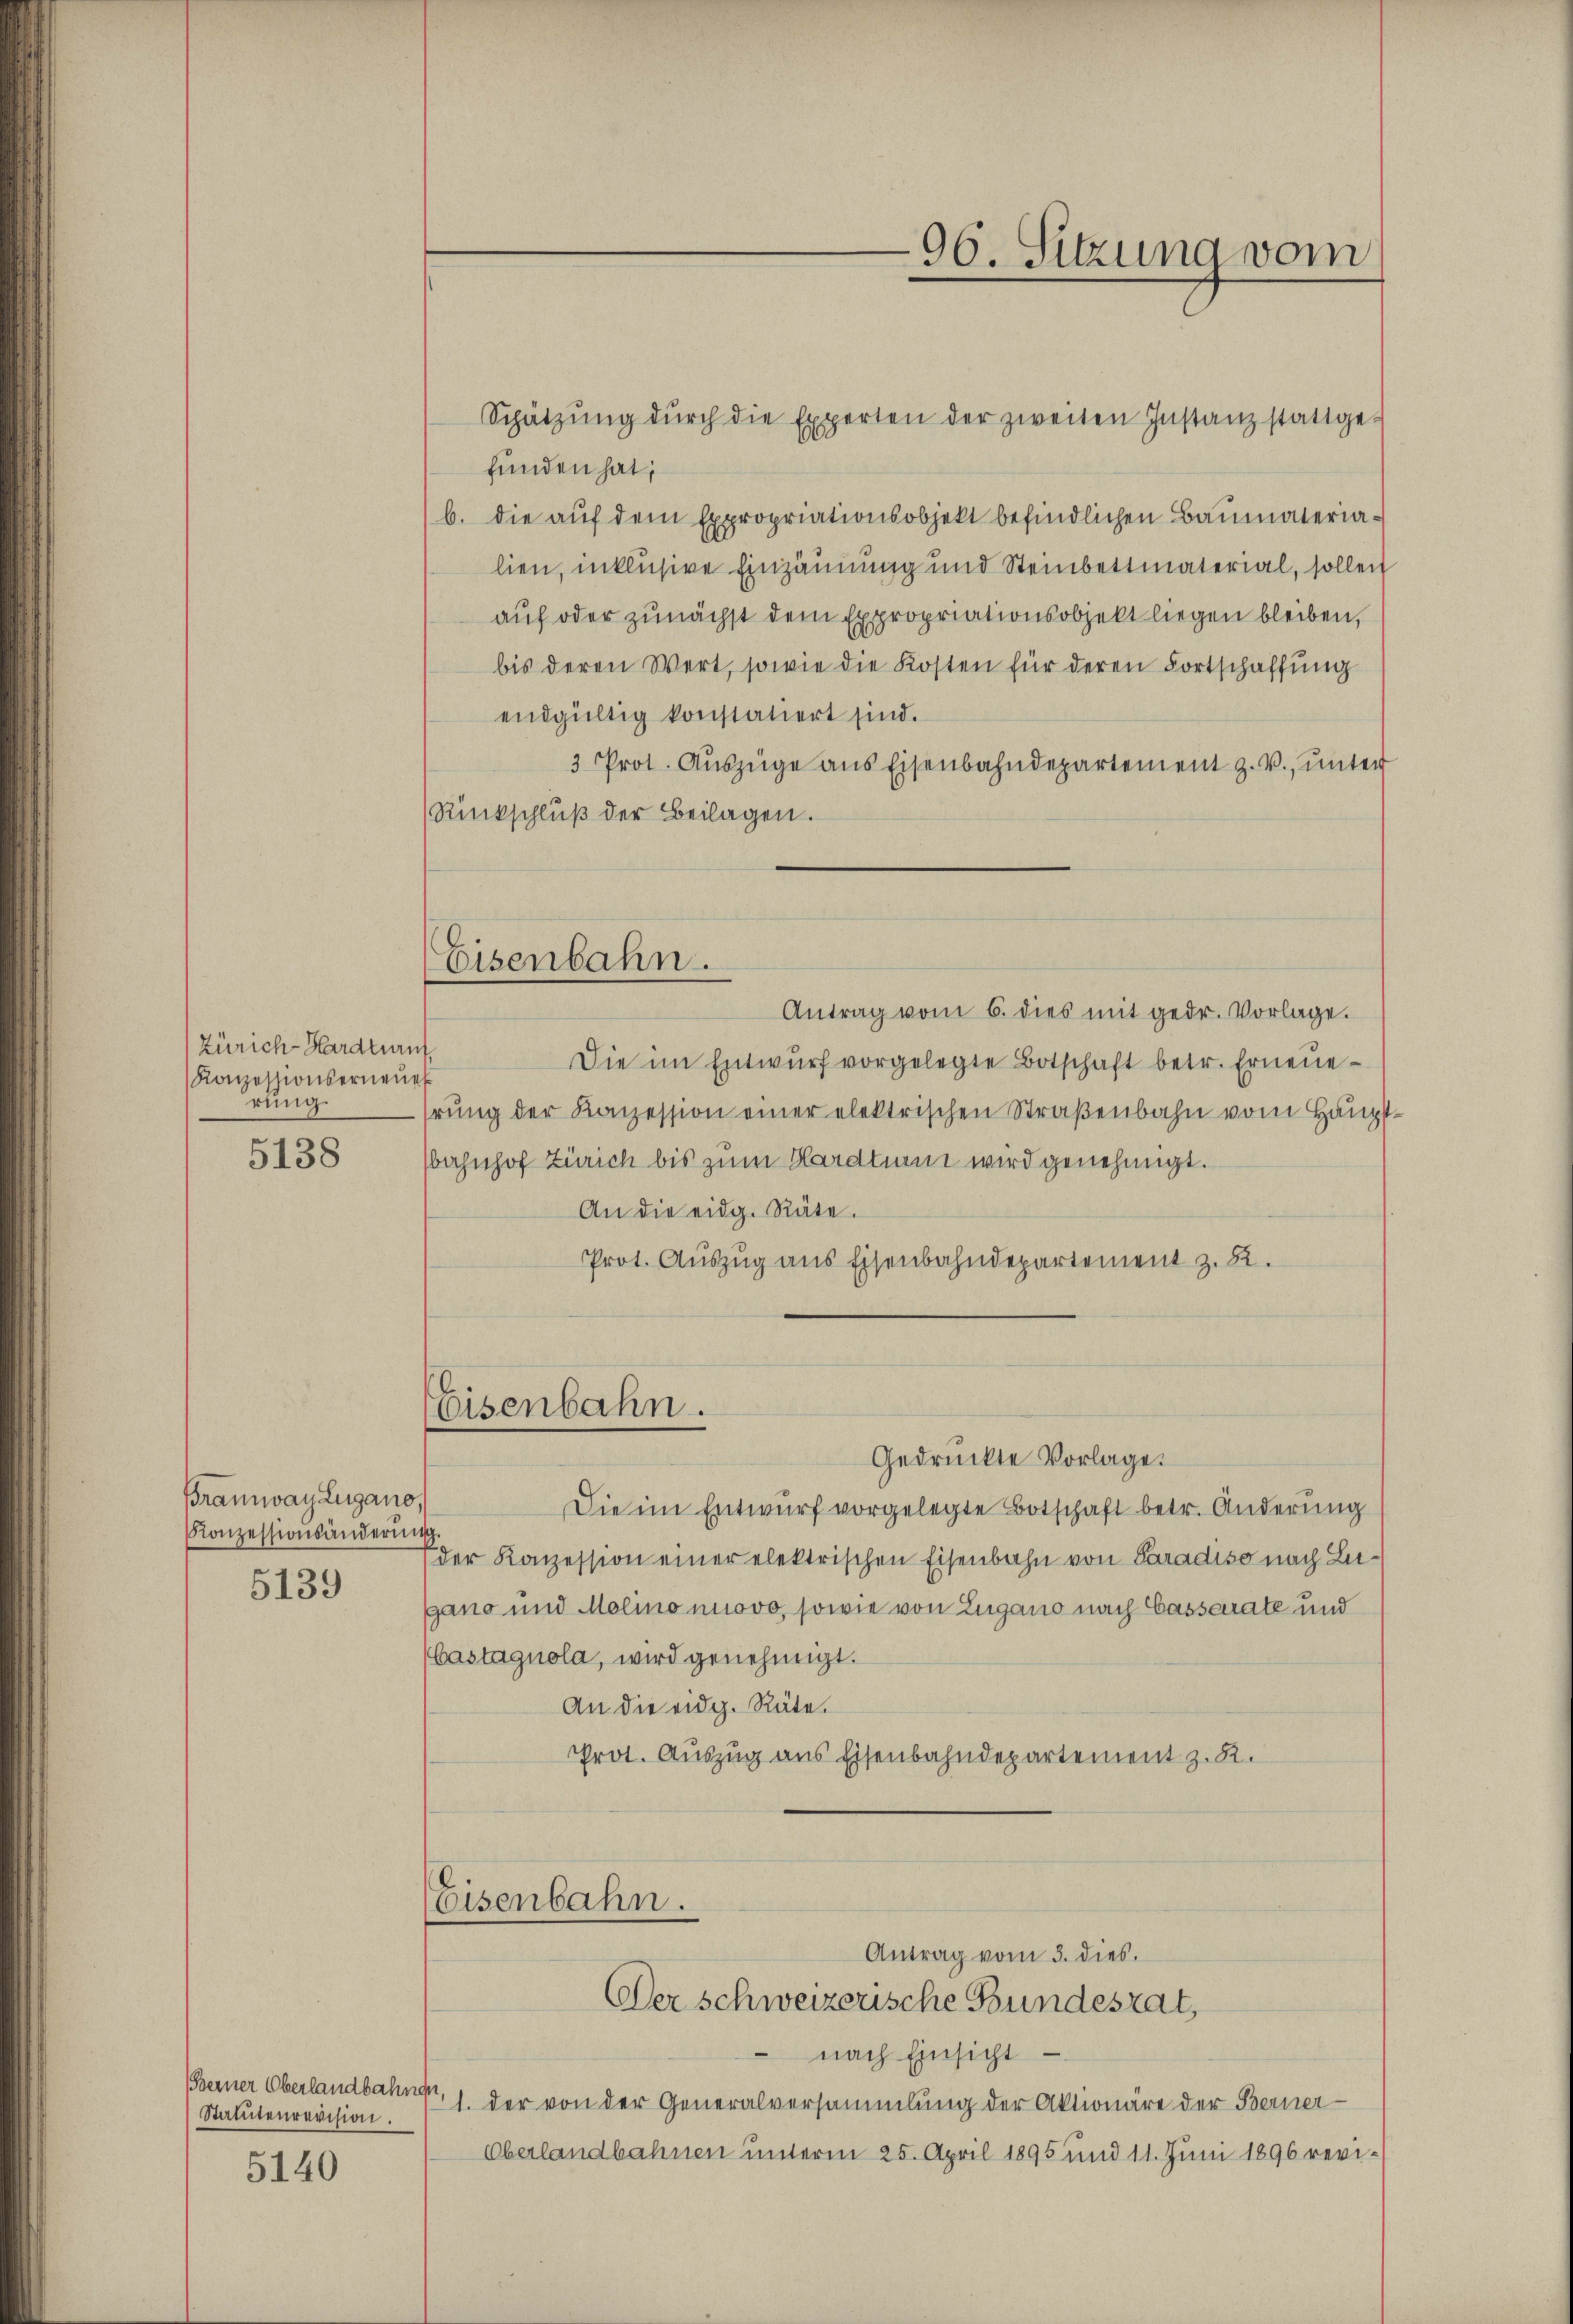
Zürich Hardturuf
Konzessionserneue
rung.

5138

Bramway Lugano
Konzessionsänderun

5139

(Berner Oberlandbahnger,
Statutenrevision.

5140

Eisenbahn.

funden hat;
b. die auf dem Expropriationsobjekt befindlichen Baumaterialien, inklusive Einzäunung und Steinbettmaterial, sollen
auf oder zunächst dem Expropriationsobjekt liegen bleiben,
bis deren Wert, sowie die Kosten für deren Fortschaffŭng
endgültig konstatiert sind.
3 Prot. Aŭszüge ans Eisenbahndepartement z. V., ŭnter
Rückschluß der Beilagen.
Antrag vom 6. dies mit gedr. Vorlage.
Die im Entwŭrf vorgelegte Botschaft betr. Erneuerŭng der Konzession einer elektrischen Straβenbahn vom Hauptbahnhof Zürich bis zum Hardtun wird genehmigt.
An die eidg. Räte.
Prot. Auszug aus Eisenbahndepartement z. B.
Eisenbahn.
Gedruckte Vorlage.
Die im Entwurf vorgelegte Botschaft betr. Anderung
der Konzession einer elektrischen Eisenbahn von Paradiso nach Lugano und Molino nuovo, sowie von Zugano nach Cassarate und
bastagnola, wird genehmigt.
An die eidg. Räte.
Prot. Auszug aus Eisenbahndepartement z. B.

96. Sitzung vom

Eisenbahn.
Antrag vom 3. dies.
Der schweizerische Bundesrat,

Schützŭng dŭrch die Experten der zweiten Instanz stattge-

nach Einsicht
1. der von der Generalversammlung der Aktionäre der Berner-
Oberlandbahnen unterm 25. April 1895 und 11. Juni 1896 revi¬